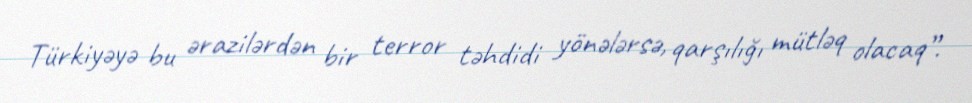
Türkiyəyə bu ərazilərdən bir terror təhdidi yönələrsə, qarşılığı mütləq olacaq”.